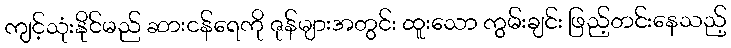
ကျင့်သုံးနိုင်မည် ဆားငန်ရေကို ဇုန်များအတွင်း ထူးသော ကွမ်းချင်း ဖြည့်တင်းနေသည့်